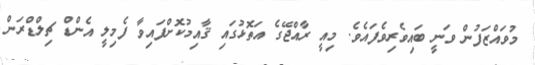
މުވައްޒަފުން ވަނީ ބައިވެރިވެފައެވެ. މިއީ ރާއްޖޭގެ އަތޮޅުގައި ޤާއިމުކޮށްފައިވާ ފެމިލީ އެންޑް ޗިލްޑްރަން